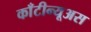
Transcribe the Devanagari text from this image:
काँटीन्यूअस